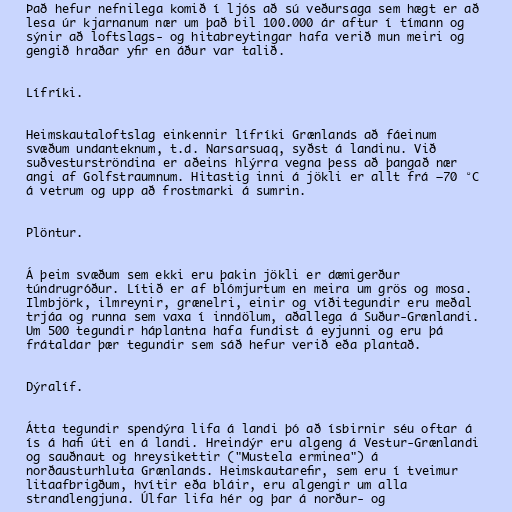
Það hefur nefnilega komið í ljós að sú veðursaga sem hægt er að
lesa úr kjarnanum nær um það bil 100.000 ár aftur í tímann og
sýnir að loftslags- og hitabreytingar hafa verið mun meiri og
gengið hraðar yfir en áður var talið.

Lífríki.

Heimskautaloftslag einkennir lífríki Grænlands að fáeinum
svæðum undanteknum, t.d. Narsarsuaq, syðst á landinu. Við
suðvesturströndina er aðeins hlýrra vegna þess að þangað nær
angi af Golfstraumnum. Hitastig inni á jökli er allt frá –70 °C
á vetrum og upp að frostmarki á sumrin.

Plöntur.

Á þeim svæðum sem ekki eru þakin jökli er dæmigerður
túndrugróður. Lítið er af blómjurtum en meira um grös og mosa.
Ilmbjörk, ilmreynir, grænelri, einir og víðitegundir eru meðal
trjáa og runna sem vaxa í inndölum, aðallega á Suður-Grænlandi.
Um 500 tegundir háplantna hafa fundist á eyjunni og eru þá
frátaldar þær tegundir sem sáð hefur verið eða plantað.

Dýralíf.

Átta tegundir spendýra lifa á landi þó að ísbirnir séu oftar á
ís á hafi úti en á landi. Hreindýr eru algeng á Vestur-Grænlandi
og sauðnaut og hreysikettir ("Mustela erminea") á
norðausturhluta Grænlands. Heimskautarefir, sem eru í tveimur
litaafbrigðum, hvítir eða bláir, eru algengir um alla
strandlengjuna. Úlfar lifa hér og þar á norður- og